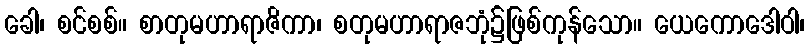
ခေါ၊ စင်စစ်။ စာတုမဟာရာဇိကာ၊ စတုမဟာရာဇဘုံ၌ဖြစ်ကုန်သော။ ယေကောဒေါဝါ၊